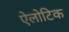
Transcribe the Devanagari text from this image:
ऐलोटिक